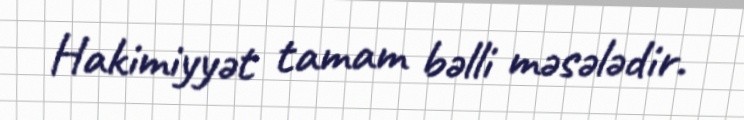
Hakimiyyət tamam bəlli məsələdir.